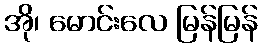
အို၊ မောင်းလေ မြန်မြန်